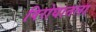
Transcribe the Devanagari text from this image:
विरोधातला